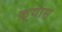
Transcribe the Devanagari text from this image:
क़्यास